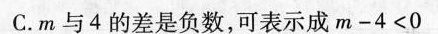
C.m与4的差是负数，可表示成$$m - 4 < 0$$